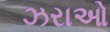
ઝરાઓ